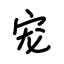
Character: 宠